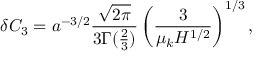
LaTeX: \delta C _ { 3 } = a ^ { - 3 / 2 } \frac { \sqrt { 2 \pi } } { 3 \Gamma ( \frac { 2 } { 3 } ) } \left( \frac { 3 } { \mu _ { k } H ^ { 1 / 2 } } \right) ^ { 1 / 3 } ,